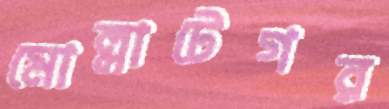
মোল্লাটেগর